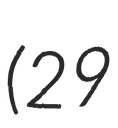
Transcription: (29